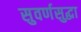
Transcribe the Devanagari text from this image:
सुवर्णसुद्धा